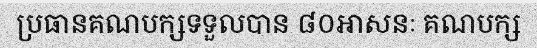
ប្រធានគណបក្សទទួលបាន ៨០អាសនៈ គណបក្ស